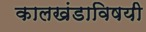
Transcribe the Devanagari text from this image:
कालखंडाविषयी